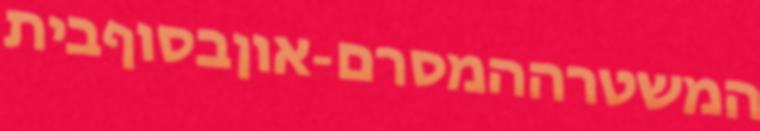
המשטרההמסרם-אוןבסוףבית